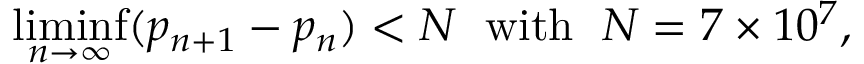
\operatorname* { l i m i n f } _ { n \to \infty } ( p _ { n + 1 } - p _ { n } ) < N \; { \mathrm { ~ w i t h ~ } } \; N = 7 \times 1 0 ^ { 7 } ,